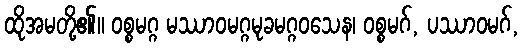
ထိုအမတို့၏။ ဝစ္စမဂ္ဂ မဿာဝမဂ္ဂမုခမဂ္ဂဝသေန၊ ဝစ္စမဂ်, ပဿာဝမဂ်,